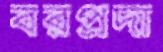
বরপ্রদা